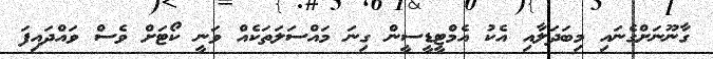
ގާނޫނަށްގެނައި މިބަދަލާއި އެކު އެމްޓީޑީސީން ގިނަ މައްސަލަތަކެއް ވަނީ ކޯޓަށް ވެސް ވައްދައިފަ